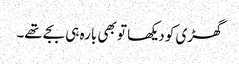
گھڑی کو دیکھا تو بھی بارہ ہی بجے تھے۔